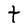
Character: t